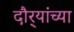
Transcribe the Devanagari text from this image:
दौर्‍यांच्या